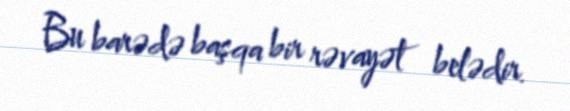
Bu barədə başqa bir rəvayət belədir.